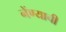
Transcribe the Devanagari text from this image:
नेंण्याची